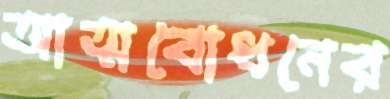
আত্মবোধনের